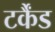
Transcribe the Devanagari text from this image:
टर्कैंड